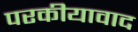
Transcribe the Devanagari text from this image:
परकीयावाद